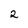
Character: 2